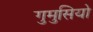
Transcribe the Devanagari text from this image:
गुमुसियो